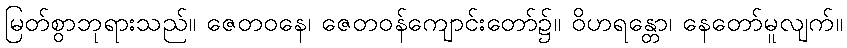
မြတ်စွာဘုရားသည်။ ဇေတဝနေ၊ ဇေတဝန်ကျောင်းတော်၌။ ဝိဟရန္တော၊ နေတော်မူလျက်။